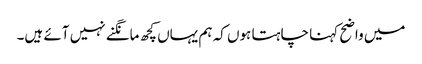
میں واضح کہنا چاہتا ہوں کہ ہم یہاں کچھ مانگنے نہیں آئے ہیں۔